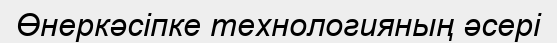
Өнеркәсіпке технологияның әсері